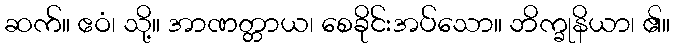
ဆက်။ ဧဝံ၊ သို့။ အာဏတ္တာယ၊ စေခိုင်းအပ်သော။ ဘိက္ခုနိယာ၊ ၏။